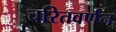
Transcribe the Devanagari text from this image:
चरितवर्णन